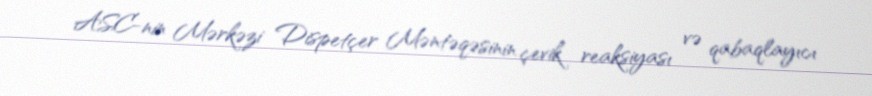
ASC-nin Mərkəzi Dispetçer Məntəqəsinin çevik reaksiyası və qabaqlayıcı